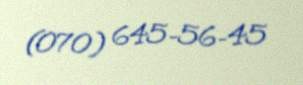
(070) 645-56-45